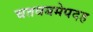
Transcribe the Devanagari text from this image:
चतवबमेपदह